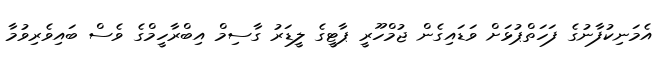
އެމަނިކުފާނުގެ ފަހަތްޕުޅަށް ވަޑައިގެން ޖުމްހޫރީ ޕާޓީގެ ލީޑަރު ގާސިމް އިބްރާހީމްގެ ވެސް ބައިވެރިވުމާ